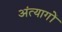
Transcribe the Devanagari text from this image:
अंत्यागों